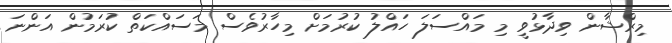
މިރްޝާން ވިދާޅުވީ މި މައްސަލަ ހައްލު ކުރުމަށް މިހާރުވެސް މަސައްކަތް ކުރަމުން އަންނަ